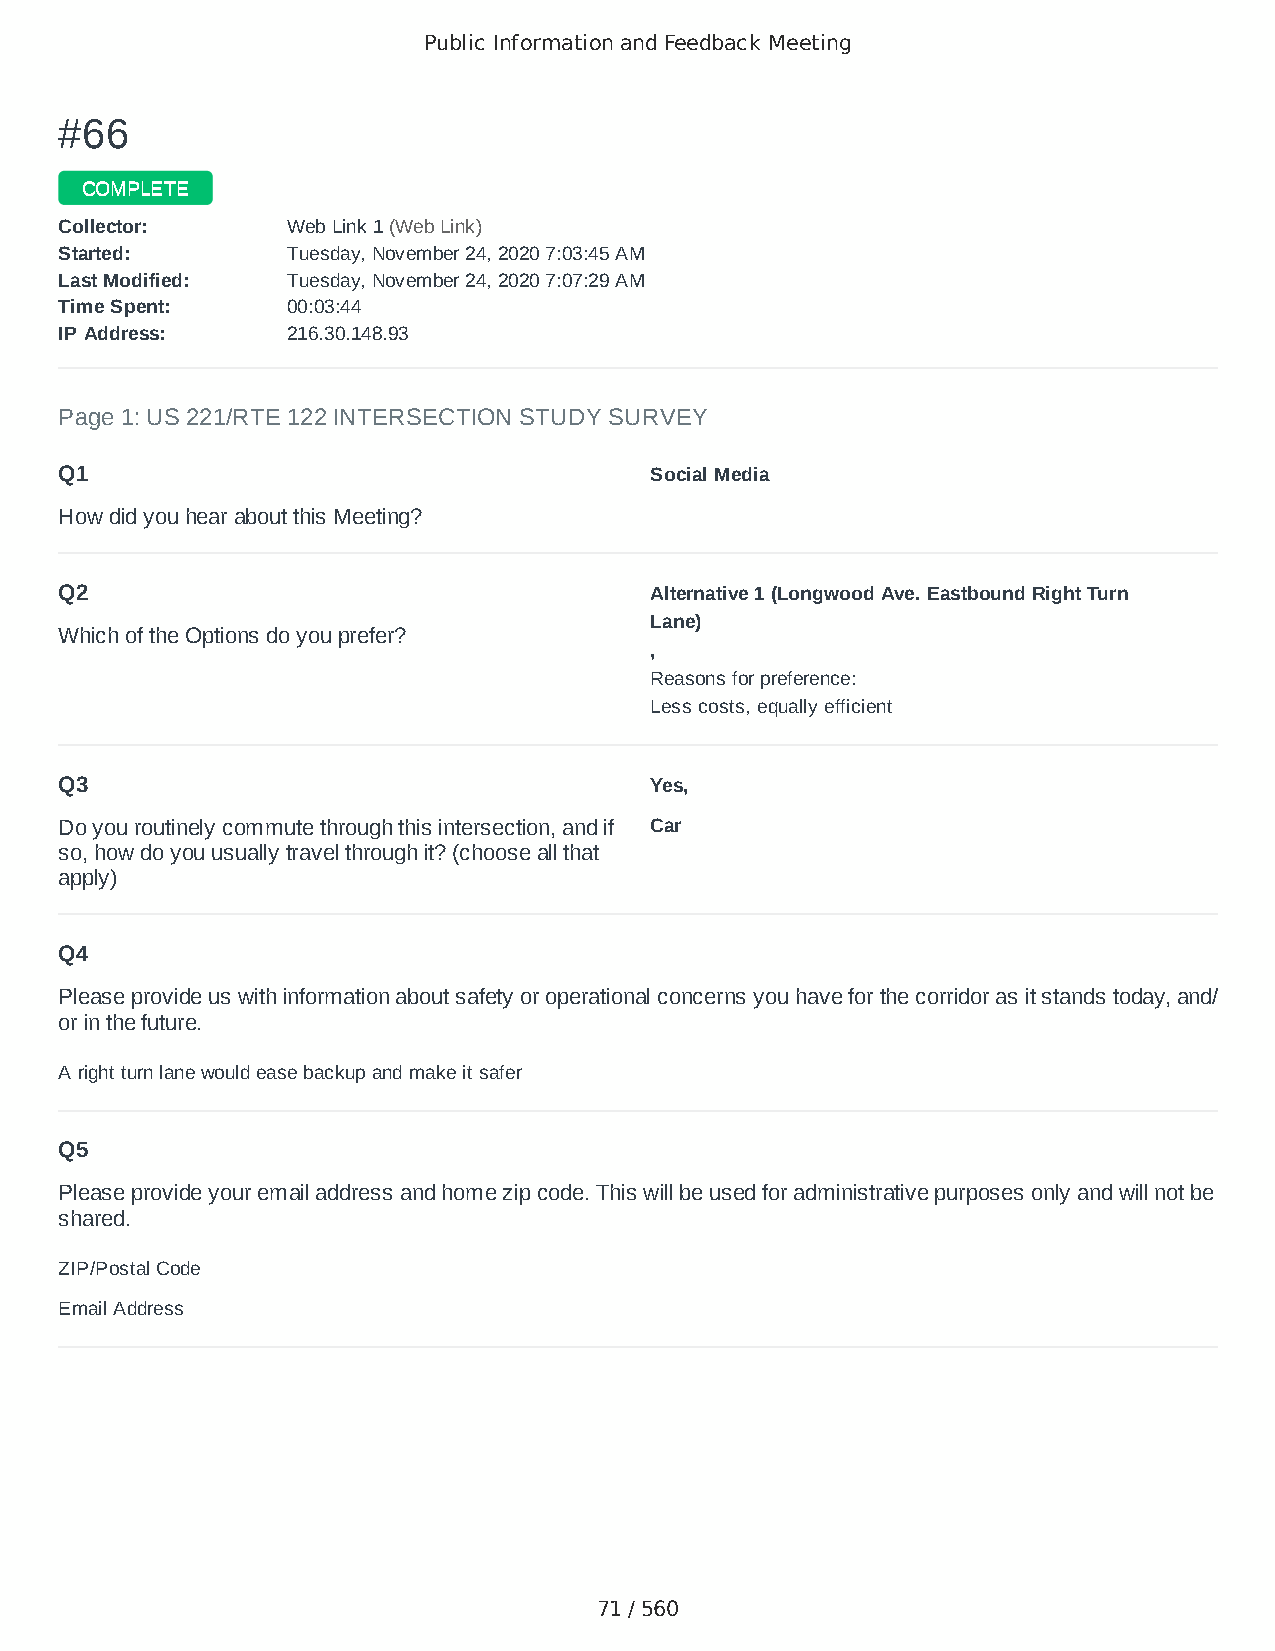
Public Information and Feedback Meeting
 ##6666
 CCOOMMPPLLEETTEE
 CCoolllleeccttoorr:: WWeebb LLiinnkk 11 ((WWeebb LLiinnkk))
 SSttaarrtteedd:: TTuueessddaayy,, NNoovveemmbbeerr 2244,, 22002200 77::0033::4455 AAMM
 LLaasstt MMooddiiffiieedd:: TTuueessddaayy,, NNoovveemmbbeerr 2244,, 22002200 77::0077::2299 AAMM
 TTiimmee SSppeenntt:: 0000::0033::4444
 IIPP AAddddrreessss:: 221166..3300..114488..9933
 Page 1: US 221/RTE 122 INTERSECTION STUDY SURVEY
 Q1                                     Social Media
 How did you hear about this Meeting?
 Q2                                     Alternative 1 (Longwood Ave. Eastbound Right Turn
 Lane)
 Which of the Options do you prefer?
 ,
 Reasons for preference:
 Less costs, equally efficient
 Q3                                     Yes,
 Do you routinely commute through this intersection, and if Car
 so, how do you usually travel through it? (choose all that
 apply)
 Q4
 Please provide us with information about safety or operational concerns you have for the corridor as it stands today, and/
 or in the future.
 A right turn lane would ease backup and make it safer
 Q5
 Please provide your email address and home zip code. This will be used for administrative purposes only and will not be
 shared.
 ZIP/Postal Code                        24523
 Email Address                          hlayne64@gmail.com
 71 / 560